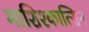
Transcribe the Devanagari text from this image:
माशिश्कात्सिन